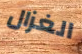
الغزال